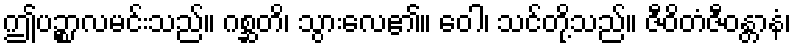
ဤပဉ္စာလမင်းသည်။ ဂစ္ဆတိ၊ သွားလေ၏။ ဝေါ၊ သင်တို့သည်။ ဇီဝိတံဇီဝန္တာနံ၊